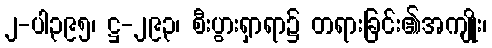
၂-ပါ၃၉၅၊ ဋ္ဌ-၂၉၃၊ စီးပွားရှာရာ၌ တရားခြင်း၏အကျိုး၊